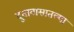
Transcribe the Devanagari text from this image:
दूतावासातल्या